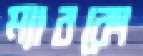
ম্যাবকো